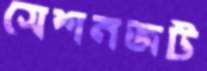
সেশনজট